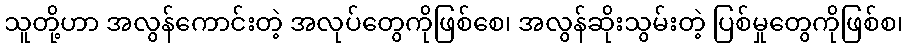
သူတို့ဟာ အလွန်ကောင်းတဲ့ အလုပ်တွေကိုဖြစ်စေ၊ အလွန်ဆိုးသွမ်းတဲ့ ပြစ်မှုတွေကိုဖြစ်စ၊